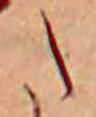
た